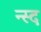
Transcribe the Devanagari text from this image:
न्स्द